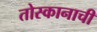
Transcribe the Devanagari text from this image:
तोस्कानाची